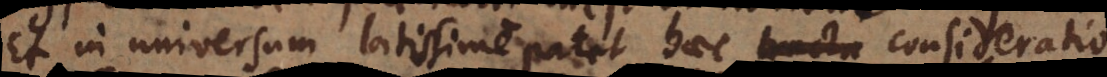
Et in universum latissime patet haec consideratio.